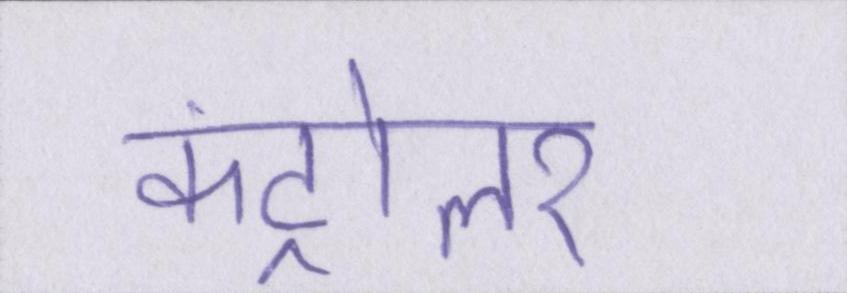
कंट्रोलर